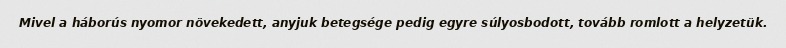
Mivel a háborús nyomor növekedett, anyjuk betegsége pedig egyre súlyosbodott, tovább romlott a helyzetük.